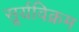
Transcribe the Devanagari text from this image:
सूर्यविक्रम